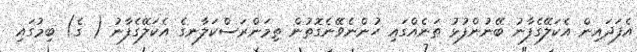
އެފަދައިން އެކަލޭގެފާނު ބޭނުންފުޅު ތަނެއްގައި ހުންނެވޭނެގޮތުން ތިމަންރަސްކަލާނގެ އެކަލޭގެފާނު ( ގެ) ބިމުގައި